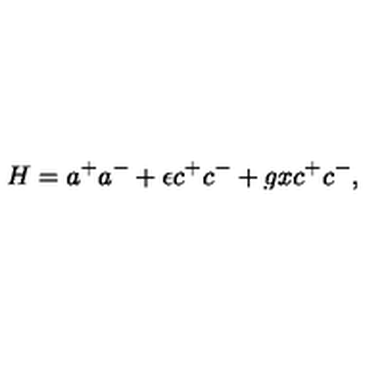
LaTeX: H = a ^ { + } a ^ { - } + \epsilon c ^ { + } c ^ { - } + g x c ^ { + } c ^ { - } ,